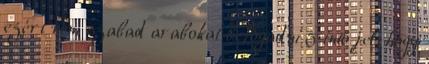
ezért nem szabad arabokat befogadni 5 intő jel, hogy